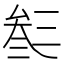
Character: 𠫽